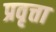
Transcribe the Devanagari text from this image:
प्रवृत्ता